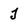
Character: j